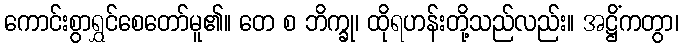
ကောင်းစွာရွှင်စေတော်မူ၏။ တေ စ ဘိက္ခု၊ ထိုရဟန်းတို့သည်လည်း။ အဋ္ဌိံကတွာ၊